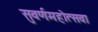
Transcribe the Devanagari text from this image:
सुवर्णमहोत्सवा